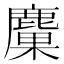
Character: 𪋊